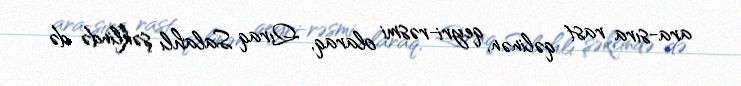
ara-sıra rast qəlinən, qeyri-rəsmi olaraq, Qıraq Salahlı şəklində də